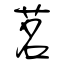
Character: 茗